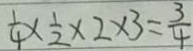
\frac { 1 } { 4 } \times \frac { 1 } { 2 } \times 2 \times 3 = \frac { 3 } { 4 }